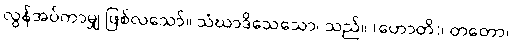
လွန်အပ်ကာမျှ ဖြစ်လသော်။ သံဃာဒိသေသော၊ သည်။ (ဟောတိ)၊ တတော၊